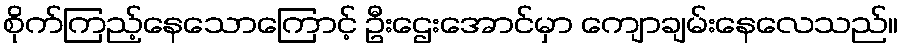
စိုက်ကြည့်နေသောကြောင့် ဦးဌေးအောင်မှာ ကျောချမ်းနေလေသည်။